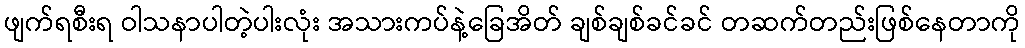
ဖျက်ရစီးရ ဝါသနာပါတဲ့ပါးလုံး အသားကပ်နဲ့ခြေအိတ် ချစ်ချစ်ခင်ခင် တဆက်တည်းဖြစ်နေတာကို